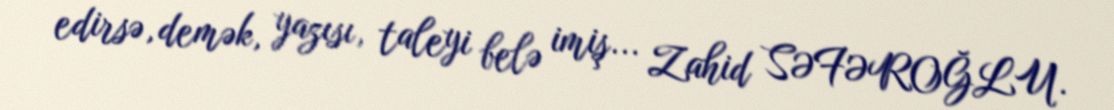
edirsə, demək, yazısı, taleyi belə imiş... Zahid SƏFƏROĞLU.